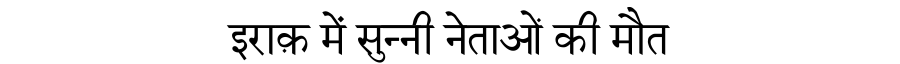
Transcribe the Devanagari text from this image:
इराक़ में सुन्नी नेताओं की मौत